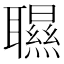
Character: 䏉